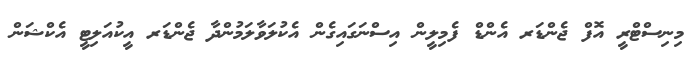
މިނިސްޓްރީ އޮފް ޖެންޑަރ އެންޑް ފެމިލީން އިސްނަގައިގެން އެކުލަވާލަމުންދާ ޖެންޑަރ އީކުއަލިޓީ އެކްޝަން